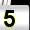
Digit: 5